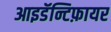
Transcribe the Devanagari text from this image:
आइडॅन्टिफ़ायर